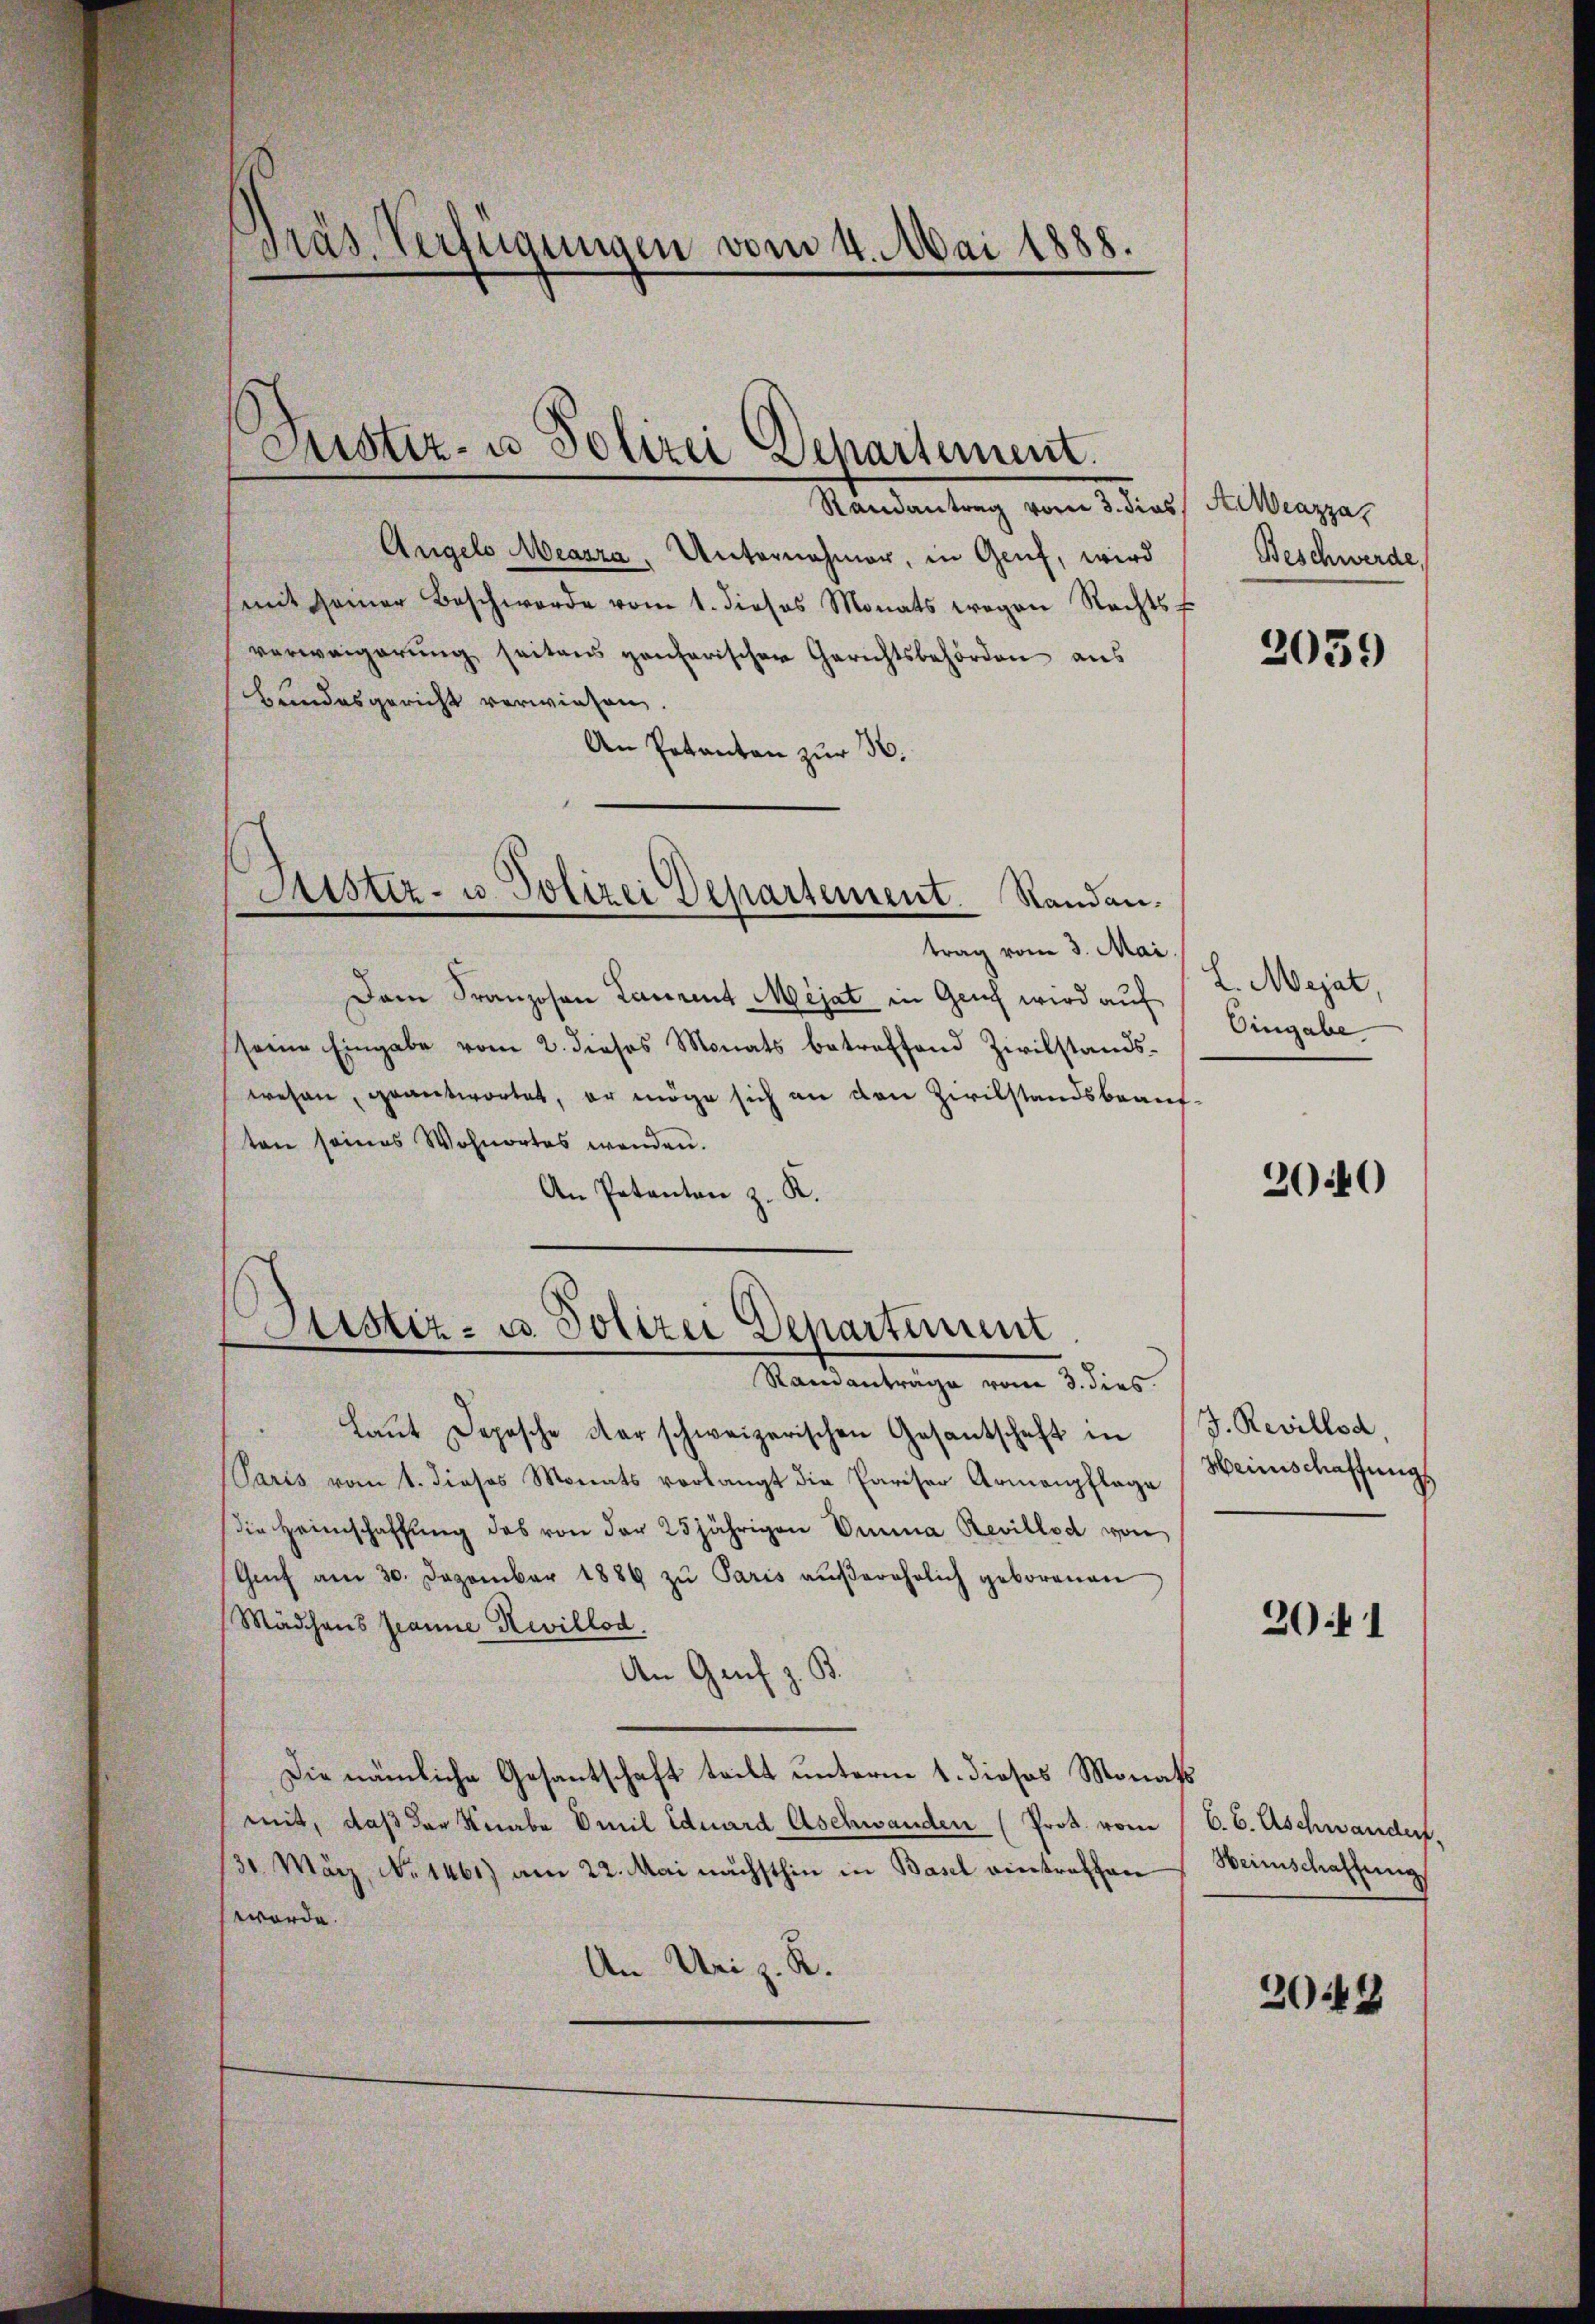
Randantrag vom 3. dies
Angelo Meazza, Unternahmer, in Genf, wird
mit seiner Beschwerde vom 1. dieses Monats wegen Rechts-
verweigerŭng seitens gantarischer Gerichtsbehörden aus
Bundesgericht verwiesen.
An Pakanton zur 36.

Präs. Verfügungen vom 4. Mai 1888.

Justiz- u Polizei Departement.

Justiz- u. Polizei Departement. Randan

trag vom 3. Mai.
Dam Franzosen Laurent Mejat in Genf wird auf
seine Eingabe vom 2. dieses Monats betreffend Zivilstands-
wesen, geantwortet, er möge sich an den Zivilstandsbeauften seines Wohnortes wenden.
An Patanton z. K.

Justiz- u. Polizei Departement

Ramanträge von 3. dies
Laŭt Depesche der schweizerischen Gesantschaft in
Paris vom 1. dieses Monats verlangt die Pariser Armenpflage
die Heimschaffŭng des von der 25jährigen Emma Revillod von
Genf am 30. Dezember 1889 zŭ Paris aŭβerehrlich geborenen
Mädchens franne Revillod.
An Genf z. B.
Die nämliche Gesantschaft teilt unterm 1. dieses Monats
mit, daß der Knabe Emil Eduard Aschwanden (Prot. von
31. März, No 1461) am 22. Mai nächsthin in Basel eintrathen
worde.
An Uri z. R.

AWeazza
Beschwerde.

2039

L. Mejat
Eingabe

20440

J. Revillod,
Heinschaffungs

2041

6. 6. Aschwander.
Heimschaffung

2048